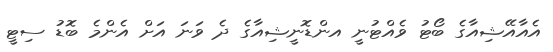
އެއާއޭޝިއާގެ ބޯޓު ވެއްޓުނީ އންޑޮނީޝިއާގެ ދެ ވަނަ އަށް އެންމެ ބޮޑު ސިޓީ